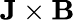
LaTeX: \mathbf{J}\times\mathbf{B}